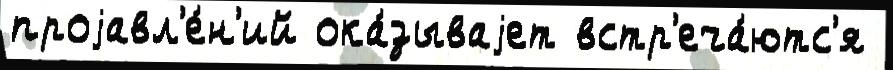
проjавл'е́н'ий ока́зываjет встр'еча́ютс'я